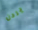
يردن